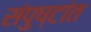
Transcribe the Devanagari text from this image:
संपुष्टांत